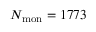
N _ { \mathrm { m o n } } = 1 7 7 3